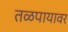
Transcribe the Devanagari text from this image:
तळपायावर